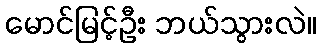
မောင်မြင့်ဦး ဘယ်သွားလဲ။